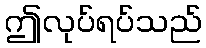
ဤလုပ်ရပ်သည်